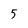
Character: 5